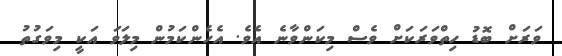
ވަރަށް ބޮޑު ހިތްވަރަކަށް ވެސް މިކަންވާނެ އެވެ. އެހެންކަމުން މިލަވަ އަކީ މިވަގުތު